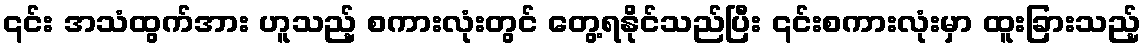
၎င်း အသံထွက်အား ဟူသည့် စကားလုံးတွင် တွေ့ရနိုင်သည်ပြီး ၎င်းစကားလုံးမှာ ထူးခြားသည့်